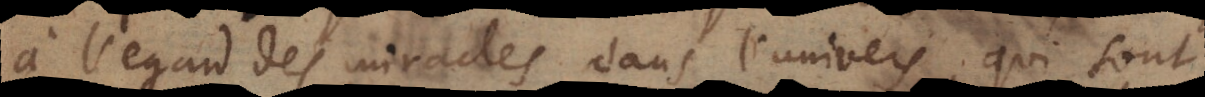
l’egard des miracles dans l’univers, qui sont